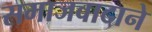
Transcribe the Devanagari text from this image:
समाजवादाने